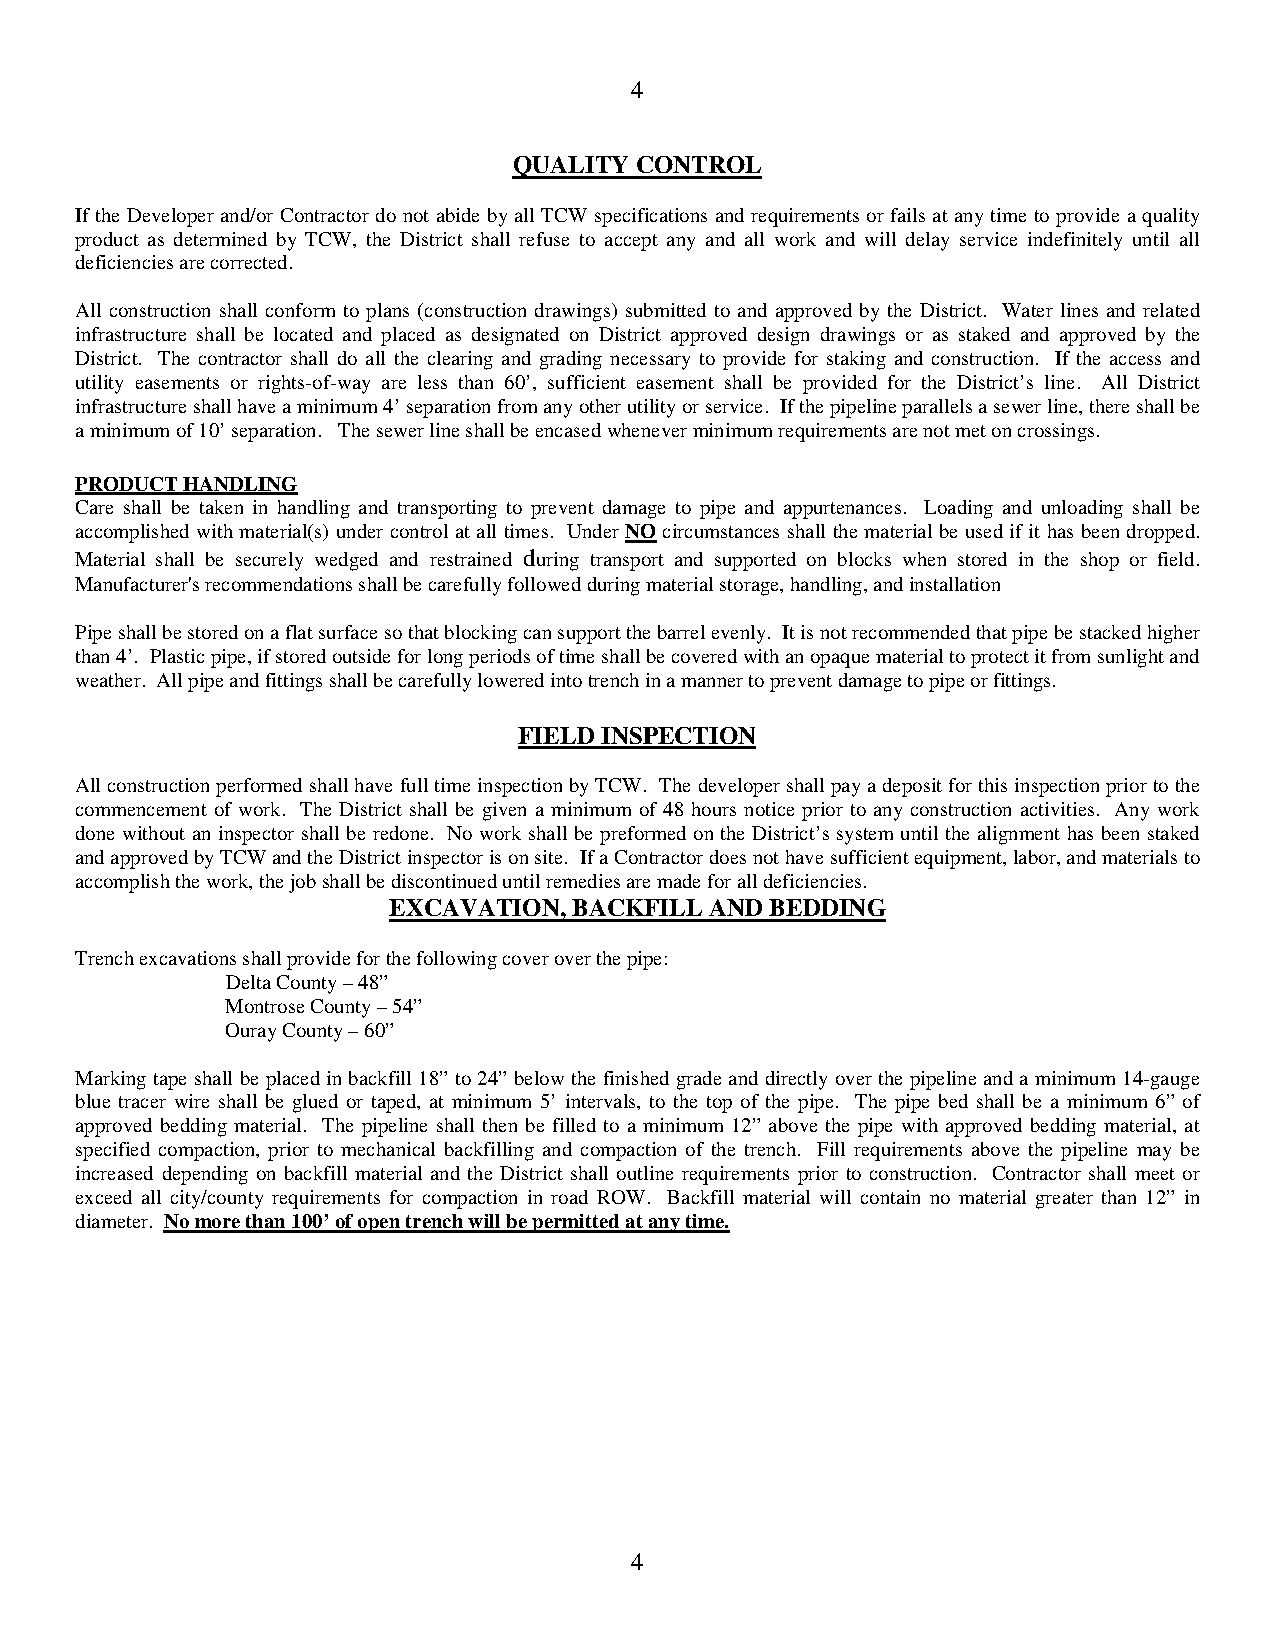
4
 QUALITY CONTROL
 If the Developer and/or Contractor do not abide by all TCW specifications and requirements or fails at any time to provide a quality
 product as determined by TCW, the District shall refuse to accept any and all work and will delay service indefinitely until all
 deficiencies are corrected.
 All construction shall conform to plans (construction drawings) submitted to and approved by the District. Water lines and related
 infrastructure shall be located and placed as designated on District approved design drawings or as staked and approved by the
 District. The contractor shall do all the clearing and grading necessary to provide for staking and construction. If the access and
 utility easements or rights-of-way are less than 60’, sufficient easement shall be provided for the District’s line. All District
 infrastructure shall have a minimum 4’ separation from any other utility or service. If the pipeline parallels a sewer line, there shall be
 a minimum of 10’ separation. The sewer line shall be encased whenever minimum requirements are not met on crossings.
 PRODUCT HANDLING
 Care shall be taken in handling and transporting to prevent damage to pipe and appurtenances. Loading and unloading shall be
 accomplished with material(s) under control at all times. Under NO circumstances shall the material be used if it has been dropped.
 Material shall be securely wedged and restrained during transport and supported on blocks when stored in the shop or field.
 Manufacturer's recommendations shall be carefully followed during material storage, handling, and installation
 Pipe shall be stored on a flat surface so that blocking can support the barrel evenly. It is not recommended that pipe be stacked higher
 than 4’. Plastic pipe, if stored outside for long periods of time shall be covered with an opaque material to protect it from sunlight and
 weather. All pipe and fittings shall be carefully lowered into trench in a manner to prevent damage to pipe or fittings.
 FIELD INSPECTION
 All construction performed shall have full time inspection by TCW. The developer shall pay a deposit for this inspection prior to the
 commencement of work. The District shall be given a minimum of 48 hours notice prior to any construction activities. Any work
 done without an inspector shall be redone. No work shall be preformed on the District’s system until the alignment has been staked
 and approved by TCW and the District inspector is on site. If a Contractor does not have sufficient equipment, labor, and materials to
 accomplish the work, the job shall be discontinued until remedies are made for all deficiencies.
 EXCAVATION, BACKFILL AND BEDDING
 Trench excavations shall provide for the following cover over the pipe:
 Delta County – 48”
 Montrose County – 54”
 Ouray County – 60”
 Marking tape shall be placed in backfill 18” to 24” below the finished grade and directly over the pipeline and a minimum 14-gauge
 blue tracer wire shall be glued or taped, at minimum 5’ intervals, to the top of the pipe. The pipe bed shall be a minimum 6” of
 approved bedding material. The pipeline shall then be filled to a minimum 12” above the pipe with approved bedding material, at
 specified compaction, prior to mechanical backfilling and compaction of the trench. Fill requirements above the pipeline may be
 increased depending on backfill material and the District shall outline requirements prior to construction. Contractor shall meet or
 exceed all city/county requirements for compaction in road ROW. Backfill material will contain no material greater than 12” in
 diameter. No more than 100’ of open trench will be permitted at any time.
 4